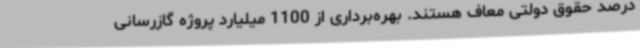
درصد حقوق دولتی معاف هستند. بهره‌برداری از 1100 میلیارد پروژه گازرسانی